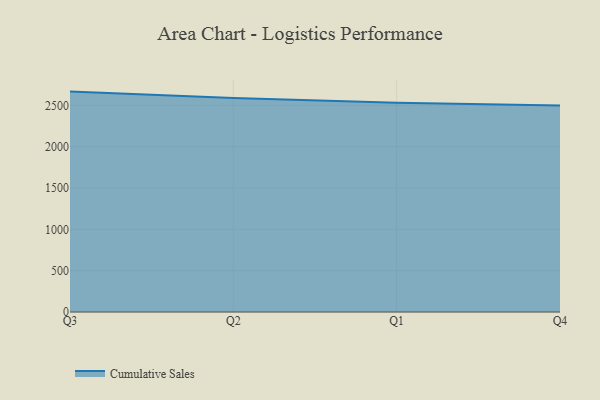
{"axis": {"x": "Quarter", "y": "Revenue (USD Million)"}, "legend": ["Cumulative Sales"], "data": [{"x": "Q3", "y": 2666.1, "type": "Cumulative Sales"}, {"x": "Q2", "y": 2588.7, "type": "Cumulative Sales"}, {"x": "Q1", "y": 2530.2, "type": "Cumulative Sales"}, {"x": "Q4", "y": 2498.6, "type": "Cumulative Sales"}]}